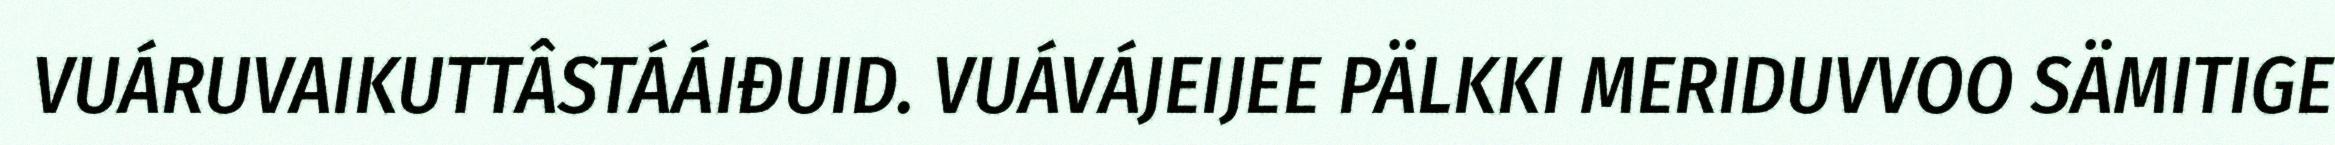
VUÁRUVAIKUTTÂSTÁÁIĐUID. VUÁVÁJEIJEE PÄLKKI MERIDUVVOO SÄMITIGE